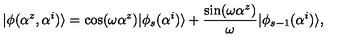
| \phi ( \alpha ^ { z } , \alpha ^ { i } ) \rangle = \cos ( \omega \alpha ^ { z } ) | \phi _ { s } ( \alpha ^ { i } ) \rangle + \frac { \sin ( \omega \alpha ^ { z } ) } { \omega } | \phi _ { s - 1 } ( \alpha ^ { i } ) \rangle ,